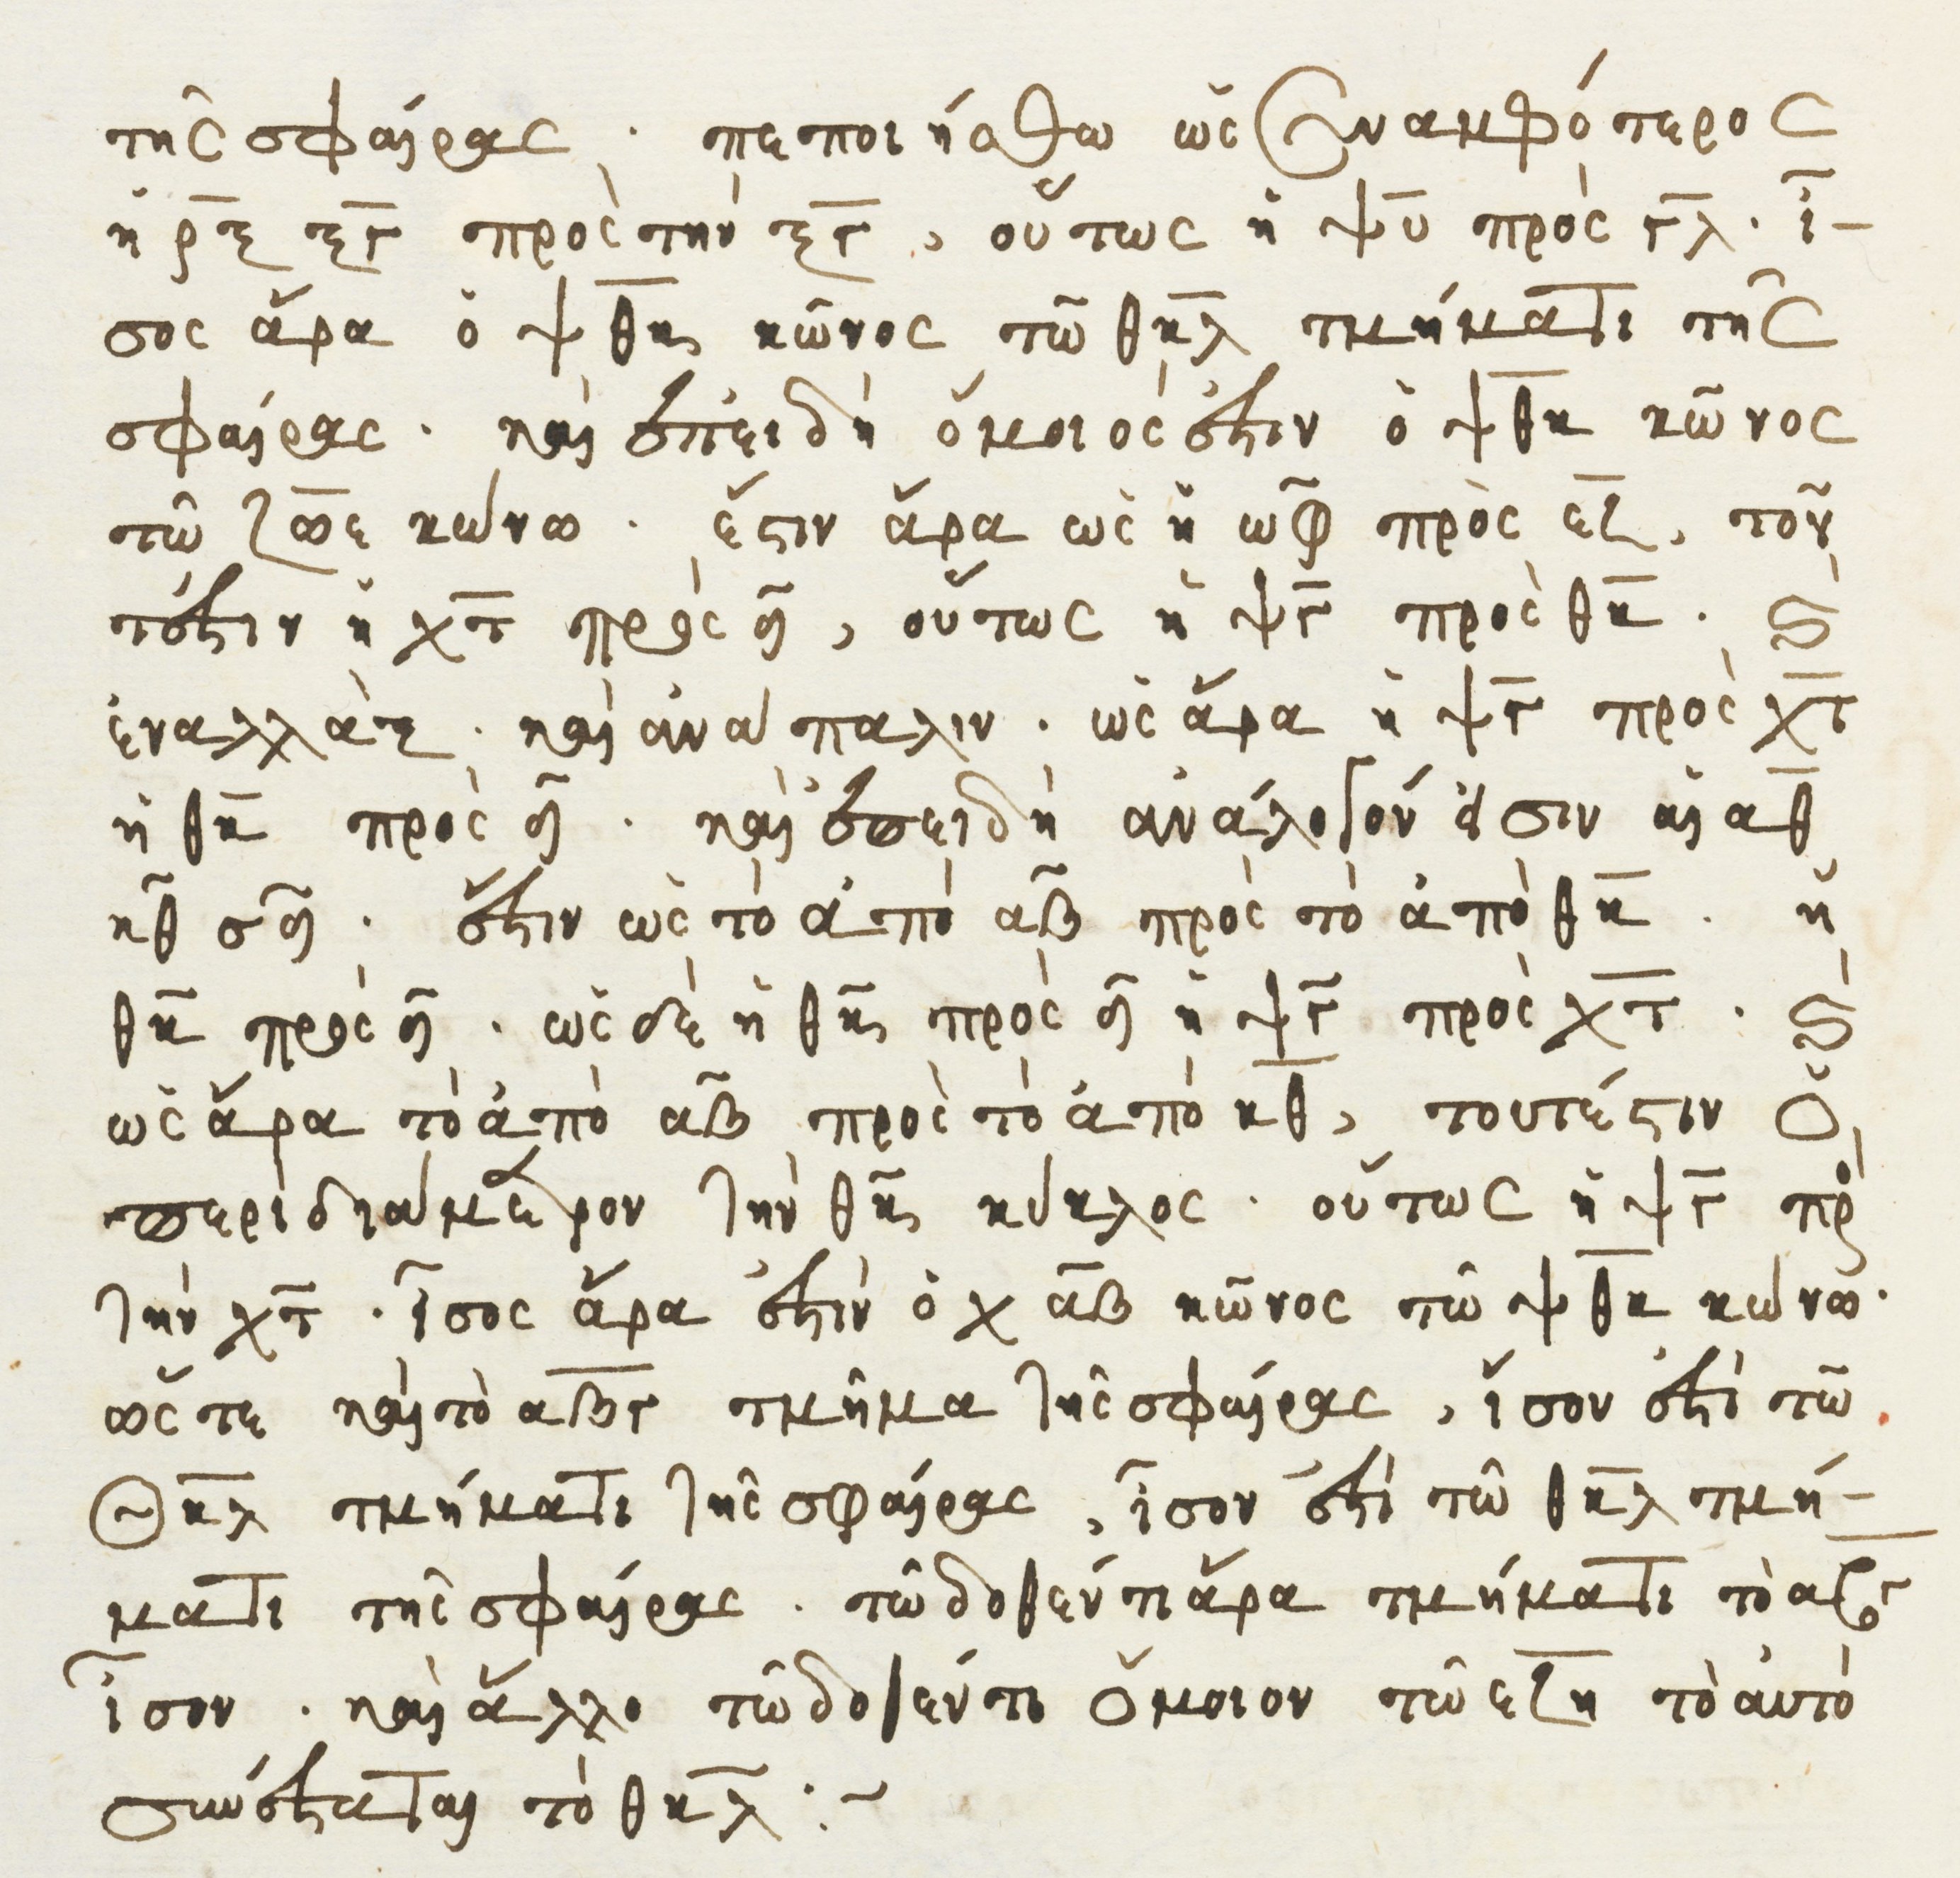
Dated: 1541–1541